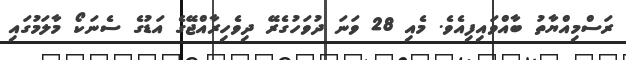
ރަސްމިއްޔާތު ބާއްވައިފިއެވެ. މެއި 28 ވަނަ ދުވަހުގެރޭ ދިވެހިރާއްޖޭގެ އަޑުގެ ސެނަކޯ މާލަމުގައި